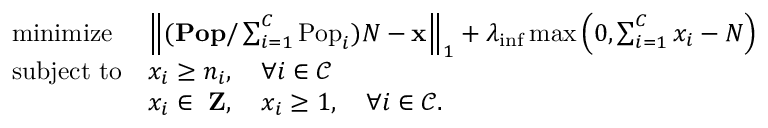
\begin{array} { l l } { \mathrm { m i n i m i z e ~ } } & { \left\| ( \mathbf { P o p } / \sum _ { i = 1 } ^ { C } \mathrm { P o p } _ { i } ) N - \mathbf { x } \right\| _ { 1 } + \lambda _ { \mathrm { i n f } } \operatorname* { m a x } \left( 0 , \sum _ { i = 1 } ^ { C } x _ { i } - N \right) } \\ { \mathrm { s u b j e c t ~ t o } } & { x _ { i } \geq n _ { i } , \quad \forall i \in \mathcal { C } } \\ & { x _ { i } \in { \mathrm { \bf ~ Z } } , \quad x _ { i } \geq 1 , \quad \forall i \in \mathcal { C } . } \end{array}